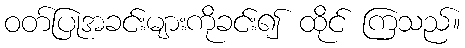
ဝတ်ပြုအခင်းများကိုခင်း၍ ထိုင် ကြသည်။